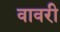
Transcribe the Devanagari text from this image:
वावरी